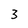
Character: 3